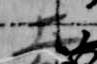
土